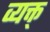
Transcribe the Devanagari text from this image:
व्यक्त्